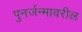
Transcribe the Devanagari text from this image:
पुनर्जन्मावरील